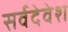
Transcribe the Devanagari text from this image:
सर्वदेवेश